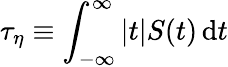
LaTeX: \tau_{\eta}\equiv\int_{-\infty}^{\infty}\left|t\right|S(t)\, \mathrm{d}t